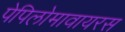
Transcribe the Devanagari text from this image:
पेपिलोमावायरस